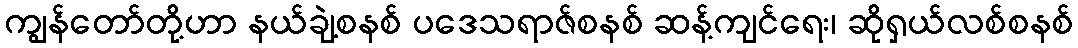
ကျွန်တော်တို့ဟာ နယ်ချဲ့စနစ် ပဒေသရာဇ်စနစ် ဆန့်ကျင်ရေး၊ ဆိုရှယ်လစ်စနစ်